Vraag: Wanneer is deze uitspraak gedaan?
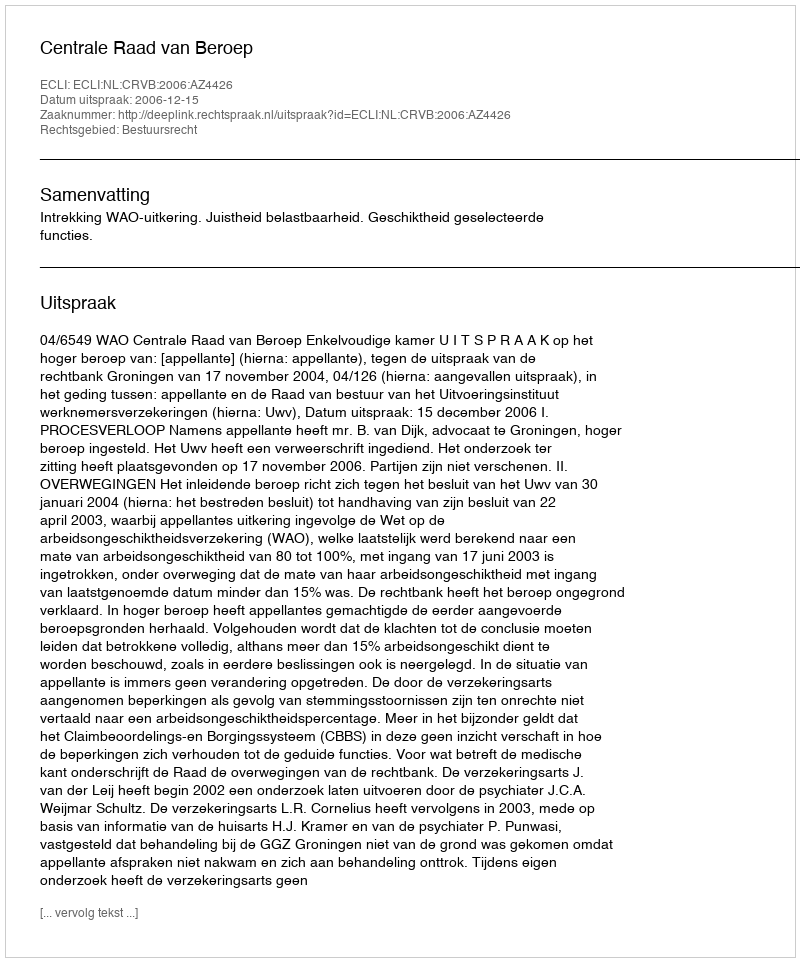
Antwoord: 2006-12-15